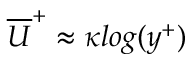
\overline { { U } } ^ { + } \approx \kappa l o g ( y ^ { + } )